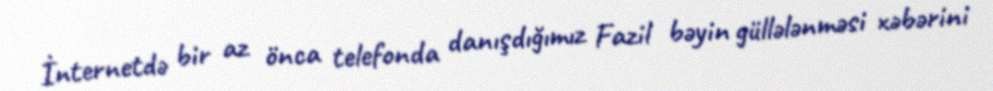
İnternetdə bir az önca telefonda danışdığımız Fazil bəyin güllələnməsi xəbərini